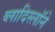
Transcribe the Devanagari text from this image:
व्लादिस्लॉने